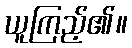
ယူကြည့်၏။